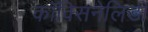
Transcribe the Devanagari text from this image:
कॉक्सिनेलिडी